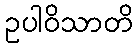
ဥပါဝိသာတိ